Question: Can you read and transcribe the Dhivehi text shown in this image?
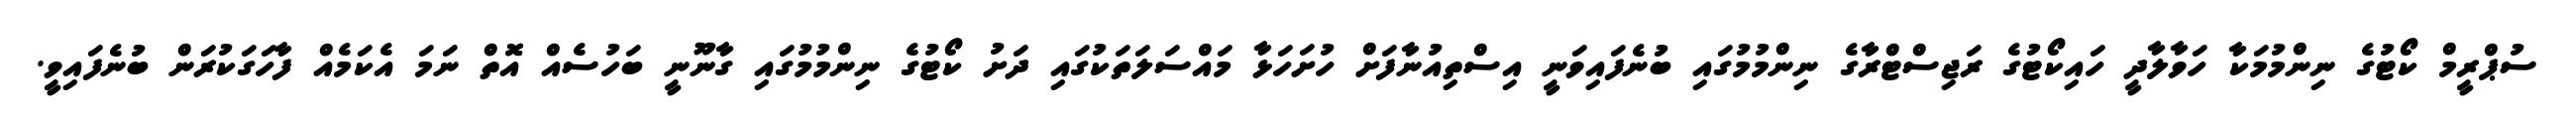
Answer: ސުޕްރީމް ކޯޓުގެ ނިންމުމަކާ ހަވާލާދީ ހައިކޯޓުގެ ރަޖިސްޓްރާގެ ނިންމުމުގައި ބުނެފައިވަނީ އިސްތިއުނާފަށް ހުށަހަޅާ މައްސަލަތަކުގައި ދަށު ކޯޓުގެ ނިންމުމުގައި ގާނޫނީ ބަހުސެއް އޮތް ނަމަ އެކަމެއް ފާހަގަކުރަން ބުނެފައިވީ.